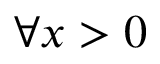
\forall x > 0